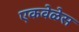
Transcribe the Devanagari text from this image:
एकवेळेस